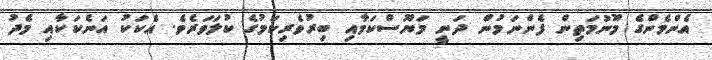
އެންމެންގެ މޫނުމަތިން ފެންނަމުން ދަނީ މަޔޫސްކަމާއި ބިރުވެރިކަމުގެ ކުލަވަރެވެ. އެކަކު އަނެކަކާއި މެދު